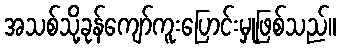
အသစ်သို့ခုန်ကျော်ကူးပြောင်းမှုဖြစ်သည်။